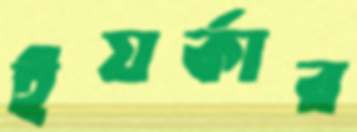
ইয়র্কার